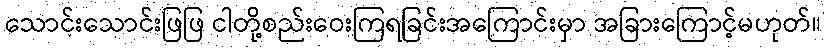
သောင်းသောင်းဖြဖြ ငါတို့စည်းဝေးကြရခြင်းအကြောင်းမှာ အခြားကြောင့်မဟုတ်။